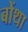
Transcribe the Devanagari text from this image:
बोंथा